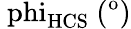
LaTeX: \mathrm{\ phi_{HCS}\ (^{o})}